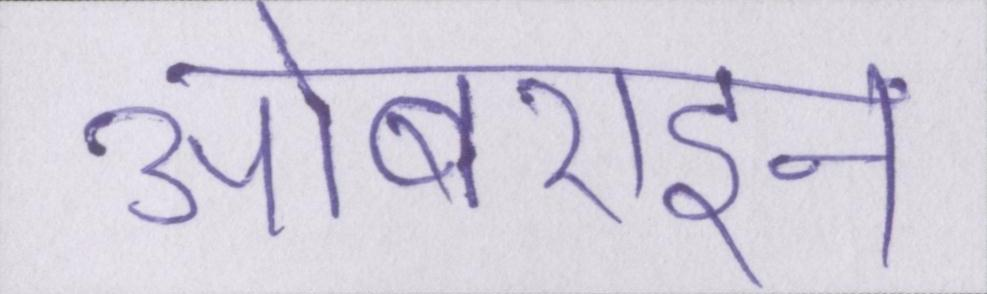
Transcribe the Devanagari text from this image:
ओबराइन